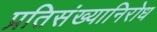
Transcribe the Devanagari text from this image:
प्रतिसंख्यानिरोध